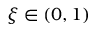
\xi \in ( 0 , 1 )